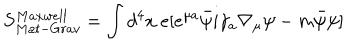
S _ { M a t - G r a v } ^ { M a x w e l l } = \int d ^ { 4 } x \ e [ e ^ { \mu a } \bar { \psi } i \gamma _ { a } \nabla _ { \mu } \psi - m \bar { \psi } \psi ]